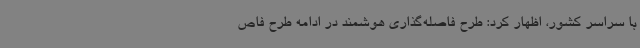
با سراسر کشور، اظهار کرد: طرح فاصله‌گذاری هوشمند در ادامه طرح فاص